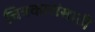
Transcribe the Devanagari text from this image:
चित्रकारांसाठी